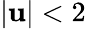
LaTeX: |\mathbf{u}|<2